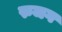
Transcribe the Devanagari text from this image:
रुजग